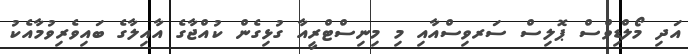
އަދި މޯލްޑިވްސް ޕޮލިސް ސަރވިސްއާއި މި މިނިސްޓްރީއާ ގުޅިގެން ކުއްޖާގެ އާއިލާގެ ބައިވެރިވުމާއެކު